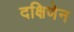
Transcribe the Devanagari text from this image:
दक्षिणेन